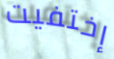
إختفيت